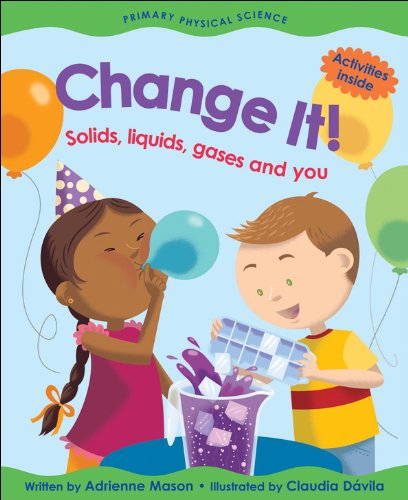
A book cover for Change It!: Solids, Liquids, Gases and You (Primary Physical Science); Adrienne Mason; Children's Books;